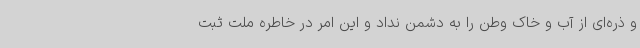
و ذره‌ای از آب و خاک وطن را به دشمن نداد و این امر در خاطره ملت ثبت